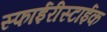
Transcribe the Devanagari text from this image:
स्फाईरीस्टाईक